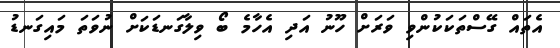
އެތައް ގޭސްތަކަކުންވި ވަރަށް ހޫނު އަދި އެހާމެ ބޯ ވިލާގަނޑަކަށް ނުވަތަ މައިގަނޑު